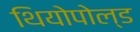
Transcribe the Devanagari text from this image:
थियोपोल्ड